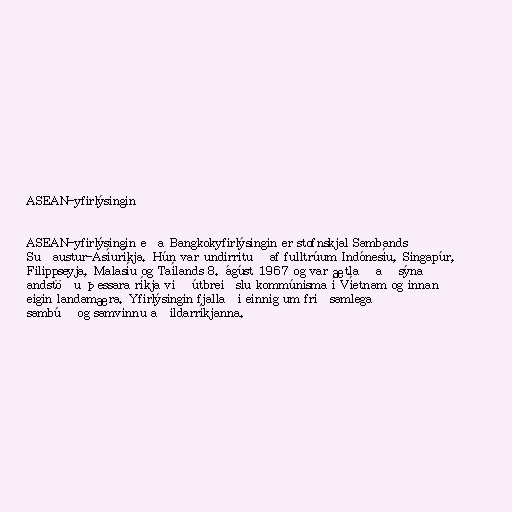
ASEAN-yfirlýsingin

ASEAN-yfirlýsingin eða Bangkokyfirlýsingin er stofnskjal Sambands
Suðaustur-Asíuríkja. Hún var undirrituð af fulltrúum Indónesíu, Singapúr,
Filippseyja, Malasíu og Taílands 8. ágúst 1967 og var ætlað að sýna
andstöðu þessara ríkja við útbreiðslu kommúnisma í Víetnam og innan
eigin landamæra. Yfirlýsingin fjallaði einnig um friðsamlega
sambúð og samvinnu aðildarríkjanna.